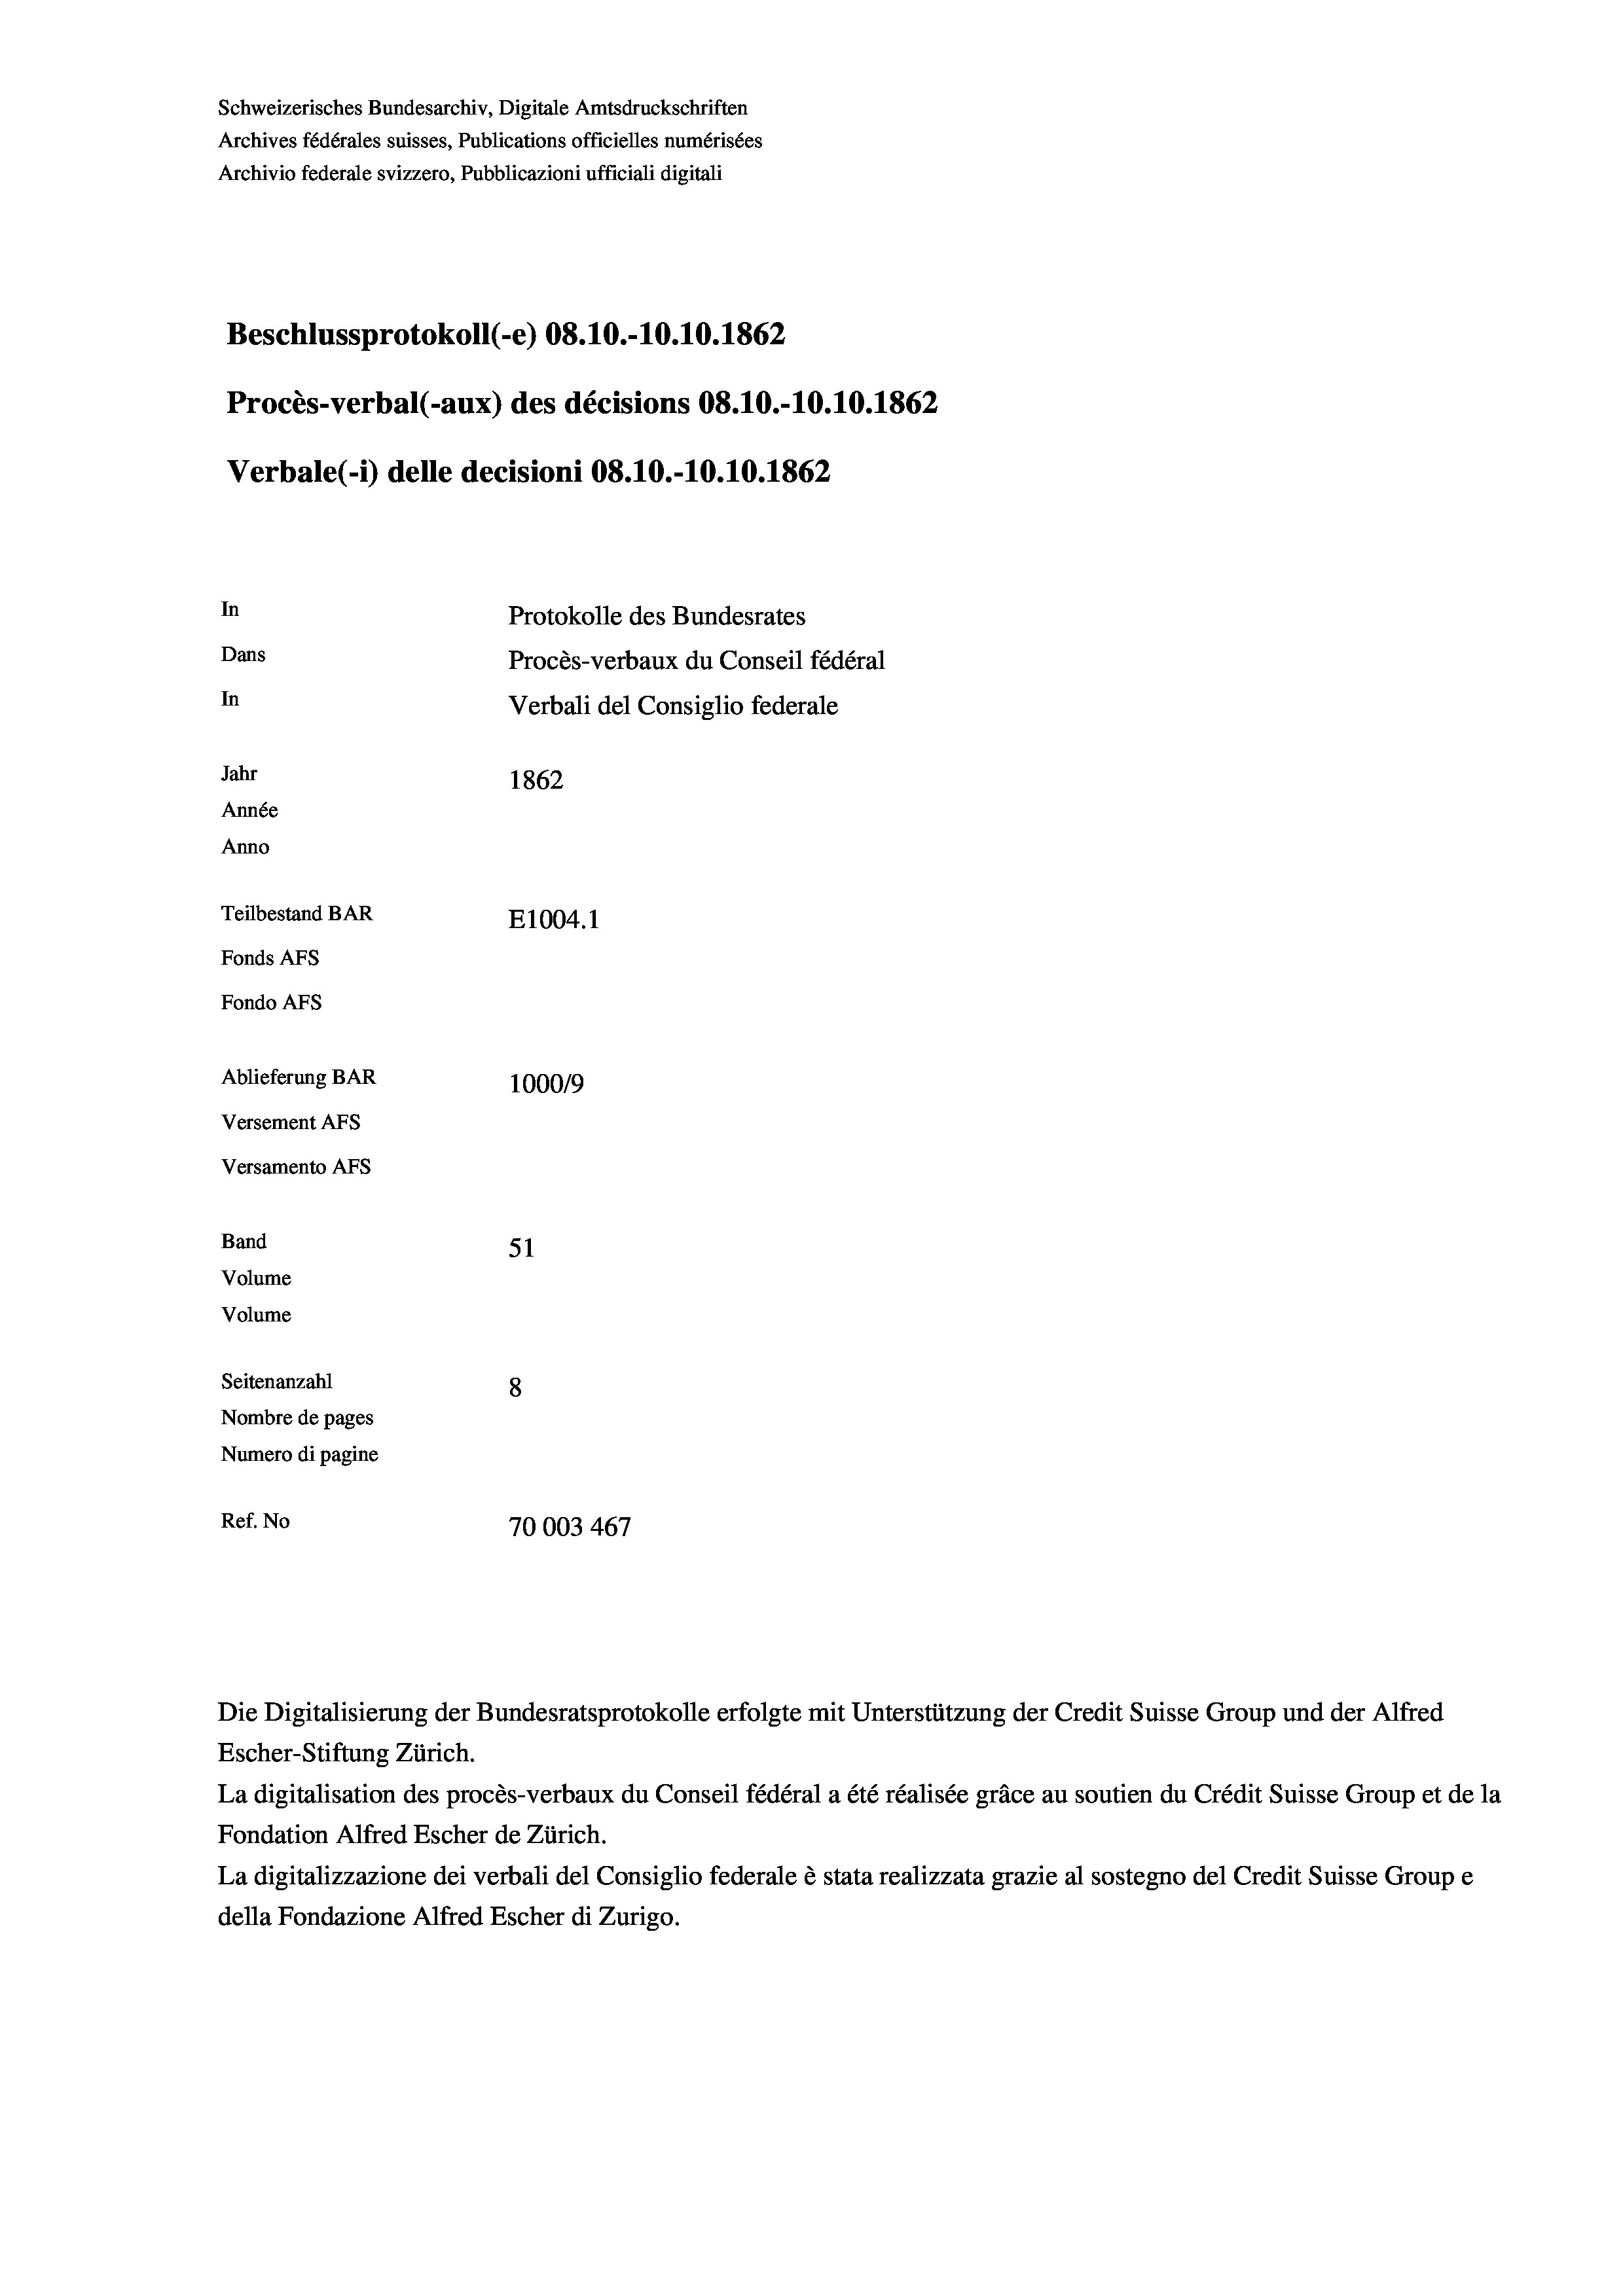
Beschlussprotokoll (-e) 08.10.-10.10.1862
Procès-verbal (-aux) des décisions 08.10.-10.10.1862
Verbale(-*) delle decisioni 08.10.-10.10.1862
In
Protokolle des Bundesrates
Dans
Procès-verbaux du Conseil fédéral
In
Verbali del Consiglio federale
Jahr
1862
Année
Anno
Teilbestand BAR
E1004. 1
Fonds AFs
Fondo AFs
Ablieferung BAR
100019
Versement AFs
Versamento Afs
Band
51

Seitenanzahl
8
Nombre de pages
Numero di pagine
Ref. No
70003467

Volume
Volume

Schweizerisches Bundesarchiv, Digitale Amtsdruckschriften
Archives fédérales suisses, Publications officielles numérisées
Archivio federale svizzero, Pubblicazioni ufficiali digitali

Die Digitalisierung der Bundesratsprotokolle erfolgte mit Unterstützung der Credit Suisse Group und der Alfred
Escher-Stiftung Zürich.
La digitalisation des procès-verbaux du Conseil fédéral a été réalisée gräce au soutien du Crédit Suisse Group et de la
Fondation Alfred Escher de Zürich.
La digitalizzazione dei verbali del Consiglio federale è stata realizzata grazie al sostegno del Credit Suisse Groupe
della Fondazione Alfred Escher di Zurigo.